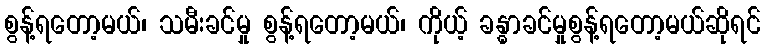
စွန့်ရတော့မယ်၊ သမီးခင်မှု စွန့်ရတော့မယ်၊ ကိုယ့် ခန္ဓာခင်မှုစွန့်ရတော့မယ်ဆိုရင်